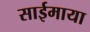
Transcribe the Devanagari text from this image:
साईमाया